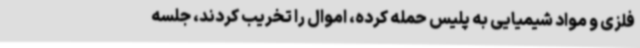
فلزی و مواد شیمیایی به پلیس حمله کرده،‌ اموال را تخریب کردند، جلسه